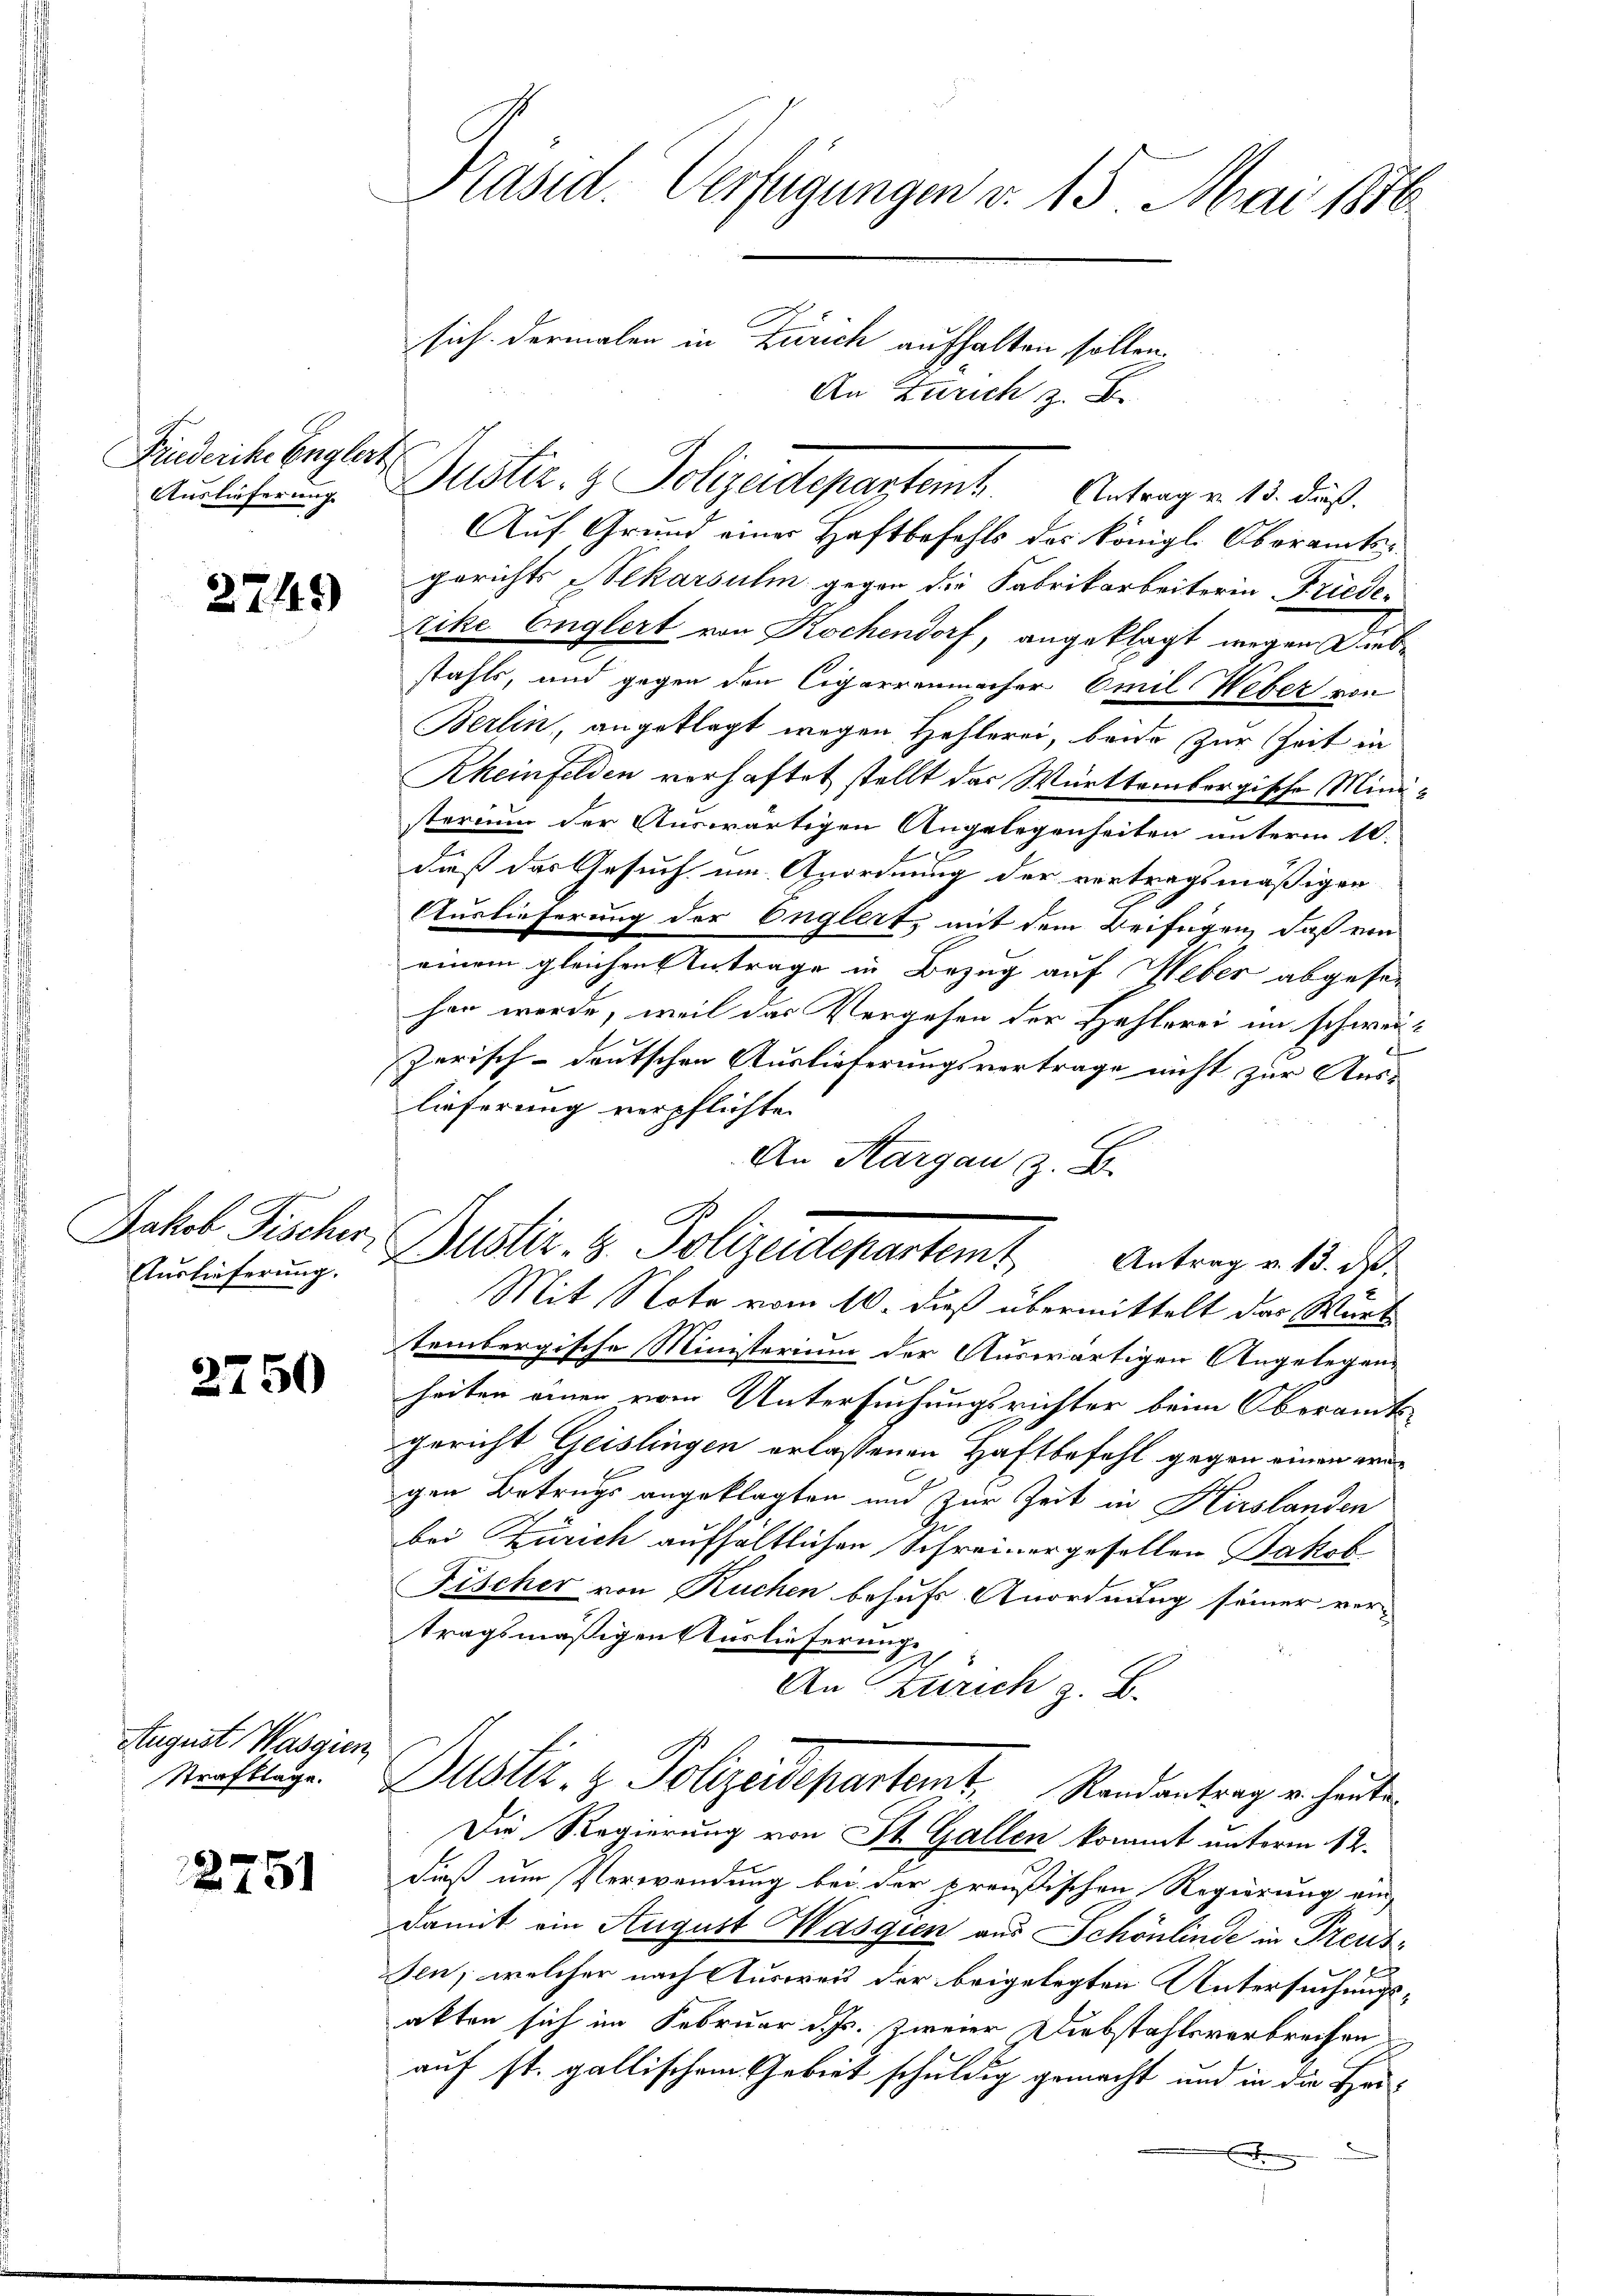
Finderike Englert
Auslieferung

2749)

Jakob Fischer,
Auslieferung.

2750

August Wasgien,
Strafklage.

2751

Präsid. Verfügungen v. 15. Mai 1876.
sich dermalen in Zürich aufhalten sollen.
An Zürich z. B.

G
Dustiz & Polizeidepartemt. Antrag v. 15. ds.

Auf Grund einer Haftbefehls des Königl. Oberamtsgerichts Polkarsulin gegen die Fabrikarbeiteren Friederike Englert von Kochendorf, angeklagt wegen Diebstahls, und gegen den Cigarrenmacher Omil Weber von
Berlin, angeklagt wegen Hehlerei, beide zur Zeit in
Rheinfelden verhaftet stellt das Württembergische Min
sterium der Auswärtigen Angelegenheiten unterm 10.
daß das Gesuch um Anordnung der vertragsmäßiger
Auslieferung der Englert, mit dem Beifügen, daß von
einem gleichen Antrage in Bezug auf Weber abgesehen werde, weil das Vergehen der Hehlerei im schwer¬
E
zerisch-deutschen Auslieferungsvertrage nicht zur Aus-
lieferung verpflichte.
An Aargau z. B.
Mit Note vom 10. dieß übermittelt das Würt
tembergische Ministerium der Auswärtigen Angelegenheiten einen vom Untersuchungsrichter beim Oberamgericht Geislingen erlassenen Haftbefehl gegen einen wägen Betrugs angeklagten und zur Zeit in Hirslanden
bei Zürich aufhaltlichen Schreinergesellen Jakob
Fischer von Kuchen behufs Anordnung seiner ver-
tragsmäßigen Auslieferung.
An Zürich z. B.
Justiz- & Polizeidepartemt, Randantrag erhaute
Die Regierung von St. Gallen kommt unterm 12.
dieß um Verwendung bei der preußischen Regierung ein
damit ein August Masgien aus Schönlinde in Preusen, welcher nach Ausweis der beigelegten Untersuchungsakten sich im Februar d. Js. zweier Diebstahlsverbreisen
auf st. gallischem Gebiet schuldig gemacht und in die Her-
F

Justiz- & Polizeidepartemb. Antrag v. 12. Fuß.